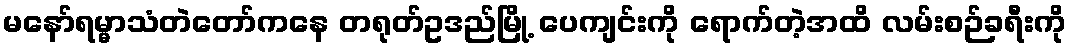
မနော်ရမ္မာသံတဲတော်ကနေ တရုတ်ဥဒည်မြို့ ပေကျင်းကို ရောက်တဲ့အထိ လမ်းစဉ်ခရီးကို